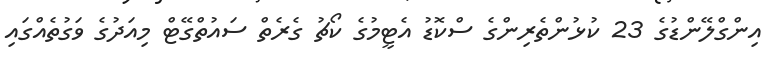
އިންގްލޭންޑުގެ 23 ކުޅުންތެރިންގެ ސްކޮޑު އެޓީމުގެ ކޯޗު ގެރެތް ސައުތްގޭޓް މިއަދުގެ ވަގުތެއްގައި